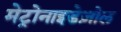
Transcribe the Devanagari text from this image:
मेट्रोनाइडेज़ोल